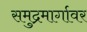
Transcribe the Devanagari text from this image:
समुद्रमार्गावर